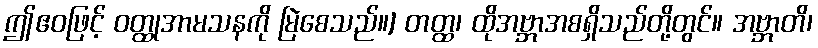
ဤဧဝဖြင့် ဝတ္ထုအာမသနကို မြဲစေသည်။] တတ္ထ၊ ထိုအဗ္ဘာအစရှိသည်တို့တွင်။ အဗ္ဘာတိ၊